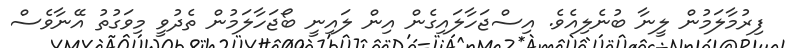
ފިރުމާލަމުން ލީނާ ބުނެލިއެވެ. އިސްޖަހާލައިގެން އިން ލައިނީ ބޯޖަހާލަމުން ތެދުވީ މިވަގުތު އޭނާވެސް